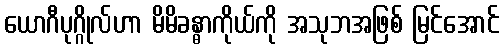
ယောဂီပုဂ္ဂိုလ်ဟာ မိမိခန္ဓာကိုယ်ကို အသုဘအဖြစ် မြင်အောင်